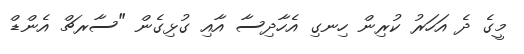
މީގެ ދެ އަހަރު ކުރިން ހިނގި އެހާދިސާ އާއި ގުޅިގެން "ސާރޗް އެންޑް